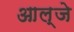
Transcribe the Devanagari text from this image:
आल्जे